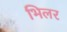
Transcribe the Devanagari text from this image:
भिलर